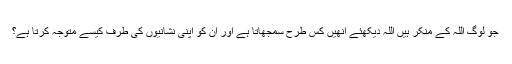
جو لوگ اللہ کے منکر ہیں اللہ دیکھئے انھیں کس طرح سمجھاتا ہے اور ان کو اپنی نشانیوں کی طرف کیسے متوجہ کرتا ہے؟